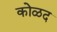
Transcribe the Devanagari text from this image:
कोळद